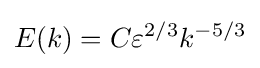
E(k)=C\varepsilon ^{2/3}k^{-5/3}